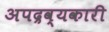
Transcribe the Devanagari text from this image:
अपद्रव्यकारी